Report on vaccination in the Province of Bengal - 1874-1889
Year: 1874
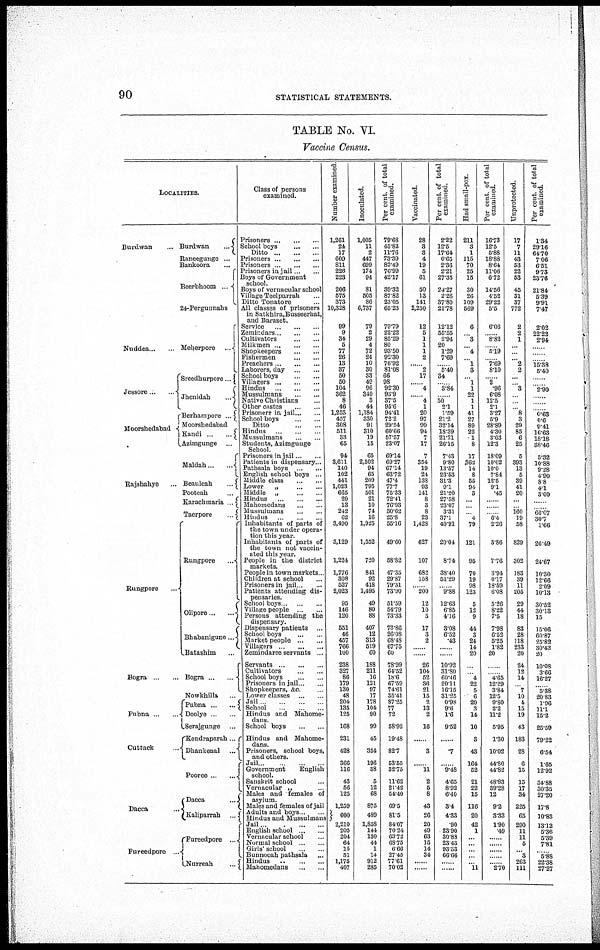
90
STATISTICAL STATEMENTS.
TABLE No. VI.
Vaccine Census.
LOCALITIES.
Burdwan
Burdwan
...
Raneegunge ...
Bankoora ...
Beerbhoom ...
24-Pergunnahs
Nuddea...
Jessore ... ...
Moorshedabad
Rajshahye ...
Rungpore ...
Bogra
...
...
Pubna ...
Cuttack ...
Meherpore
...
Sreedhurpore ..
Jhemdah
...
Berhampore ...
Moorshedabad
Kandi
...
...
Azimgunge ...
Maldah
...
...
Beauleah
...
Pooteah ...
Karachmaria ...
Taerpore ...
Rungpore
...
Olipore ... ...
Bhabanigune ...
Batashim ...
Bogra ... ...
Nowkhilla ...
Pubna ... ...
Doolye ... ...
Serajgunge ...
Kendraparah.
Dhankenal
...
Pooree ... ...
Dacca ...
Fureedpore ...
Dacca ... ...
Kahparrah ...
Fureedpore
Nurreah ...
Glass of persons
examined.
Prisoners ... ... ...
School boys
...
...
Ditto ... ... ...
Prisoners ... ... ...
Prisoners ... ... ...
Prisoners in jail ... ...
Boys of Government
school.
Boys of vernacular school
Village Teelparrah
Ditto Tonatore ...
All classes of prisoners
in Satkhtra,Busseerhat,
and Baraset.
Service ... ... ...
Zemirdars ... ... ...
Cultivators
...
...
Milkmen ... ... ...
Shopkeepers
...
...
Fishermen ... ... ...
Preachers
...
...
Laborers, day ... ...
School boys ... ...
Villagers ... ... ...
Hindus
...
...
...
Mussulmans
...
...
Native Christians ...
Other castes ... ...
Prisoners in jail ... ...
School boys
...
...
Ditto
...
...
Hindus ... ... ...
Mussulmans ... ...
Students, Azimgunge
School.
Prisoners in jail ... ...
Patients in dispensary...
Pathsala boys ...
English school boys ...
Middle class
...
...
Lower
„
...
...
Middle „
...
...
Hindus
...
...
...
Mahomedans ... ...
Mussulmans ... ...
Hindus ... ...
Inhabitants of parts of
the town under opera-
tion this year.
Inhabitants of parts of
the town not vaccin-
ated this year.
People in the district
markets.
People in town markets .
Children at school ...
Prisoners in jail ... ...
Patients attending dis-
pensaries
School boys
...
...
Village people ... ...
Persons attending the
dispensary.
Dispensary patients ...
School boys ... ...
Market people ... ...
Villagers ... ... ...
Zemindaree servants ...
Servants ... ... ...
Cultivators
...
...
School boys ... ...
Prisoners in jail ...
Shopkeepers, &c. ...
Lower classes ... ...
Jail ... ... ...
School ... ... ...
Hindus and Mahome-
dans.
School boys
...
...
Hindus and Mahome-
-----
Prisoners, school boys,
and others.
Jail ... ...
Government
English
school.
Sanskrit school ...
Vernacular „ ...
Males and females of
asylum.
Males and females of jail
Adults and boys .
Hindus and Mussulman
Jail ... ... ... ...
English school ... ...
Vernacular school ...
Normal school ... ...
Girls' school ... ...
Bunnooah pathsala ...
Hindus
...
...
...
Mahomedans
...
...
Number examined.
1,261
24
17
609
811
226
223
206
575
373
10,328
99
9
34
5
77
26
13
37
50
50
104
362
8
46
1,253
457
308
511
33
65
94
8,611
140
102
441
1,023
665
20
13
242
62
3,490
3,129
1,224
1,776
308
527
2,023
95
146
120
551
46
457
766
100
238
827
86
179
130
48
204
135
125
168
231
428
366
116
43
56
125
1,259
600
2,210
205
204
64
15
51
1,175
407
Inoculated.
1,005
11
2
447
699
174
94
81
505
86
6,737
79
2
29
4
72
24
10
30
33
49
96
340
3
44
1,184
330
91
310
19
15
65
2,502
94
65
209
795
501
21
10
74
16
1,925
1,552
720
841
92
418
1,495
49
80
88
407
12
313
519
60
188
211
16
121
97
17
178
104
90
99
45
354
196
38
5
12
68
875
489
1,858
144
130
44
1
14
912
285
Per cent. of total
examined.
79.68
45.83
11.76
73.39
82.49
76.99
42.17
39.32
87.82
23.05
65.23
79.79
22.22
85.29
80
93.50
92.30
76.92
81.08
66
98
92.30
93.9
37.5
95.6
94.41
72.2
29.54
60.66
57.57
23.07
69.14
69.27
67.14
63.72
47.4
77.7
75.33
72.41
76.93
30.62
25.8
55.16
49.60
58.82
47.35
29.87
79.31
73.90
51.59
54.79
73.33
73.86
26.08
68.43
67.75
60
78.9
64.52
18.6
67.59
74.61
35.41
87.25
77
72
58.92
19.48
82.7
53.55
32.75
11.62
21.42
54.40
69.5
81.5
84.07
70.24
63.72
68.75
6.66
27.45
77.61
70.02
Vaccinated.
28
3
3
4
19
5
61
50
13
141
2,250
12
5
1
1
1
2
...
2
17
...
4
... 4
1
20
97
99
94
7
17
7
354
19
24
138
93
141
8
3
8
23
1,428
627
107
682
158
...
200
12
10
5
17
3
2
...
...
26
104
52
36
21
15
2
13
2
16
...
3
...
11
2
5
8
43
26
20
49
63
15
14
34
...
...
Per cent. of total
examined.
2.22
12.5
17.64
0.65
2.36
2.21
27.35
24.27
2.26
37.80
21.78
12.12
55.55
2.94
20
1.29
7.69
...
5.40
34
...
3.84
...
50
2.1
1.59
21.2
32.14
18.39
21.21
26.15
7.43
9.80
13.57
23.53
31.3
9.1
21.20
27.58
23.07
3.31
37.1
40.91
20.04
8.74
38.40
51.29
...
9.88
12.63
6.85
4.16
3.08
6.52
.43
...
...
10.92
31.80
60.46
20.11
16.15
31.25
0.98
9.6
1.6
9.52
...
.7
...
9.48
4.65
8.92
6.40
3.4
4.33
.90
23.90
30.88
23.43
93.33
66.66
......
......
Had small-pox.
211
3
1
115
70
25
15
30
26
109
569
6
...
3
...
4
...
1
3
...
1
1
22
1
1
41
27
89
22
1
8
17
362
14
8
55
94
3
...
...
...
4
79
121
95
70
19
98
123
5
12
9
44
3
24
14
20
...
...
4
22
5
6
20
3
14
10
3
43
164
52
21
22
15
116
20
42
1
...
...
...
...
... 11
Per cent. of total
examined.
16.73
12.5
5.88
18.88
8.64
11.06
6.72
14.56
4.52
29.22
5.5
6.06
......
8.82
...
5.19
......
7.69
8.10
......
2
.96
6.08
12.5
2.1
3.27
5.9
28.89
4.30
3.03
12.3
18.09
10.02
10.0
7.84
12.5
9.1
.45
......
......
...... 6.4
2.26
3.86
7.76
3.94
6.17
18.59
6.08
5.26
8.22
7.5
7.98
6.52
5.25
1.82
20
......
......
4.65
12.29
3.84
12.5
9.80
2.2
11.2
5.95
1.30
10.02
44.80
44.82
48.83
39.28
12
9.2
3.33
1.90
.49
......
......
......
......
......
2.70
Unprotected.
17
7
11
43
53
22
53
45
31
37
772
2
2
1
...
...
...
2
2
...
...
3
...
...
...
8
3
29
85
6
25
5
393
13
5
39
41
20
...
...
160
19
58
829
302
183
39
11
205
29
44
18
83
28
118
233
20
24
12
14
...
7
10
4
15
19
43
183
28
6
15
15
17
34
225
65
290
11
11
5
...
3
263
111
Per cent. of total
examined.
1.34
29.16
64.70
7.06
6.51
9.73
23.76
21.84
5.39
9.91
7.47
2.02
22.22
2.94
...
......
......
15.38
5.40
......
......
2.90
......
......
......
0.63
0.6
9.41
16.63
18.18
38.46
5.32
10.88
9.28
4.90
8.8
4.1
3.00
......
......
66.07
30.7
1.66
26.49
24.67
19.30
12.66
2.09
10.13
30.52
30.13
15
15.06
60.87
25.82
30.42
20
10.08
3.66
16.27
...... 5.38
20.83
1.96
11.1
15.2
25.59
79.22
6.54
1.65
12.92
34.88
30.35
27.20
17.8
10 83
13.12
5.36
5.39
7.81
...... 5.88
22.38
27.27